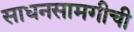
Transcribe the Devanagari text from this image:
साधनसामगीची